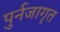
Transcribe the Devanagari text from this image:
पुर्नजागृत